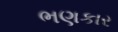
ભણકાર